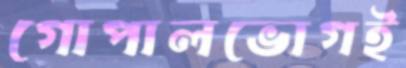
গোপালভোগই